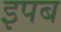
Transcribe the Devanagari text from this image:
इपब